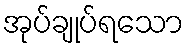
အုပ်ချုပ်ရသော